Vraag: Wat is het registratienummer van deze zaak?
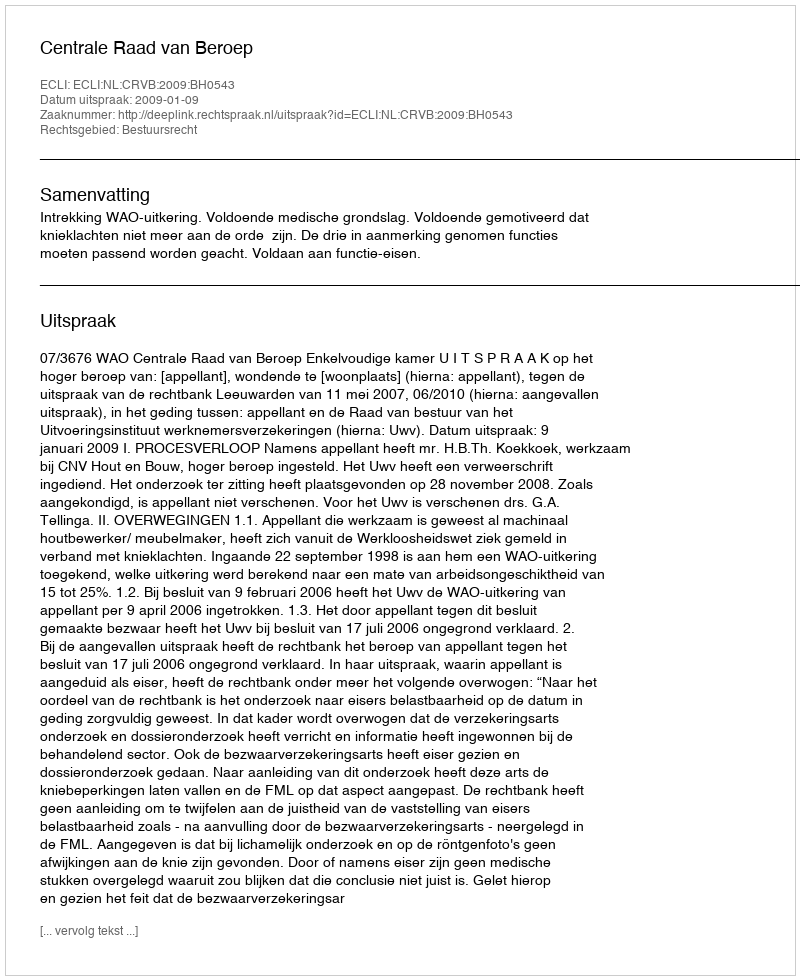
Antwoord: http://deeplink.rechtspraak.nl/uitspraak?id=ECLI:NL:CRVB:2009:BH0543